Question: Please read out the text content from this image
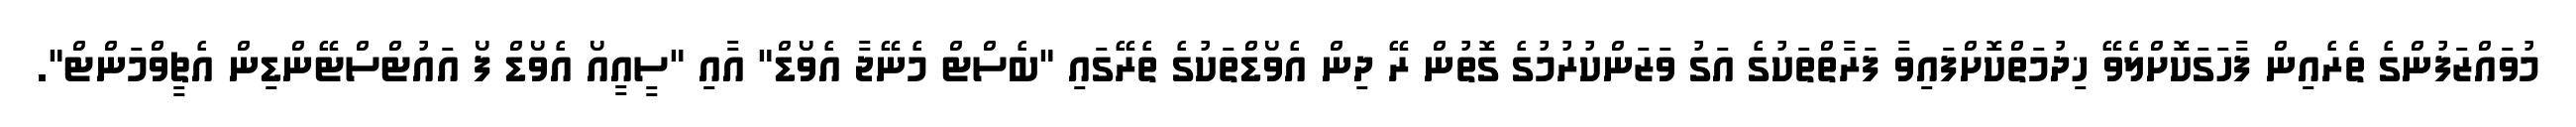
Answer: މުވައްޒަފުންގެ ތެރެއިން ފާހަގަކޮށްލެވޭ ޚިދުމަތްކޮށްފައިވާ ފަރާތްތަކުގެ އަގު ވަޒަންކުރުމުގެ ގޮތުން ރޭ ދިން އެވޯޑްތަކުގެ ތެރޭގައި "ބެސްޓް މެނޭޖާ އެވޯޑް" އާއި "ސީއީއޯ އެވޯޑް ފޯ އައުޓްސްޓޭންޑިން އެޗީވްމަންޓް".